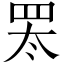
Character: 𬙛